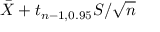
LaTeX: { \bar { X } } + t _ { n - 1 , 0 . 9 5 } S / { \sqrt { n } }